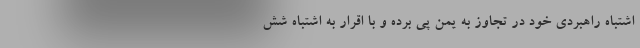
اشتباه راهبردی خود در تجاوز به یمن پی برده و با اقرار به اشتباه شش